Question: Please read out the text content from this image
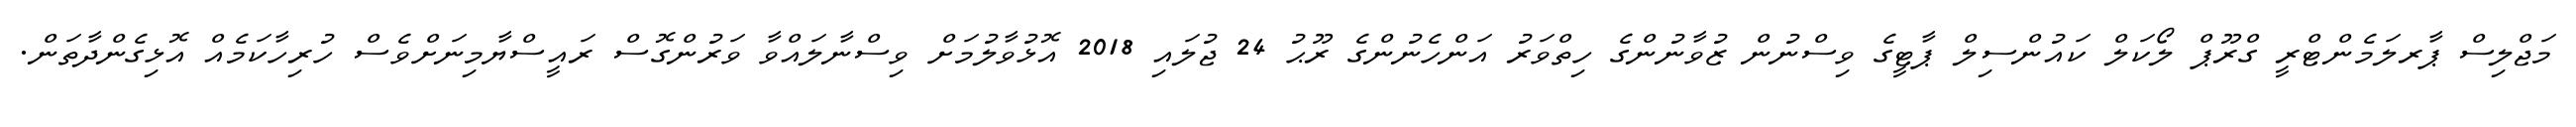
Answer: މަޖްލިސް ޕާރލަމެންޓްރީ ގްރޫޕް ލޯކަލް ކައުންސިލް ޕާޓީގެ ވިސްނުން ޒުވާނުންގެ ހިތްވަރު އަންހެނުންގެ ރޫޙު 24 ޖުލައި 2018 އޮޅުވާލުމަށް ވިސްނާލައްވާ ވަރުންގޮސް ރައީސްޔާމިނަށްވެސް ހުރިހާކަމެއް އޮޅިގެންދާތަން.